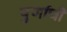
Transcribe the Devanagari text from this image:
पुर्णाची